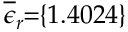
\! \! \! \overline { { \epsilon } } _ { r } \! \! = \! \! \{ 1 . 4 0 2 4 \} \!